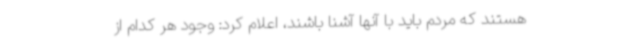
هستند که مردم باید با آنها آشنا باشند، اعلام کرد: وجود هر کدام از